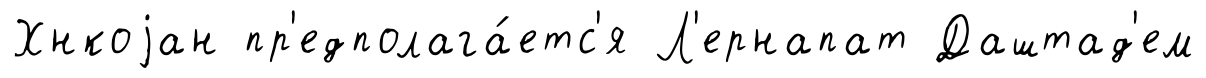
Хнкоjан пр'едполага́етс'я Л'ернапат Даштад'ем